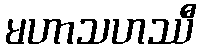
မဟာသဟဿီ